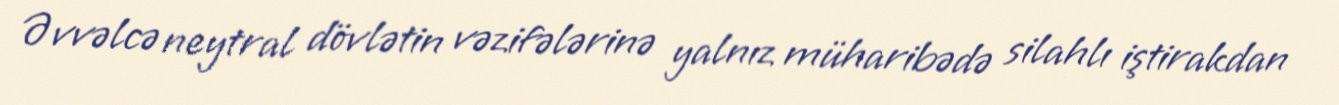
Əvvəlcə neytral dövlətin vəzifələrinə yalnız müharibədə silahlı iştirakdan